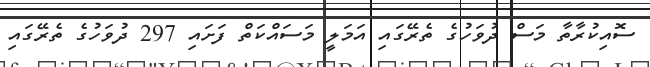
ސޮއިކުރާތާ މަސް ދުވަހުގެ ތެރޭގައި އަމަލީ މަސައްކަތް ފަށައި 297 ދުވަހުގެ ތެރޭގައި